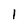
Character: 1